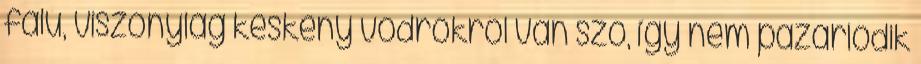
falú, viszonylag keskeny vödrökről van szó, így nem pazarlódik